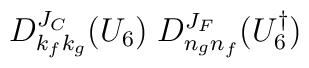
D^{J_C}_{k_fk_g}(U_6)\;D^{J_F}_{n_gn_f}(U_6^\dagger)